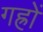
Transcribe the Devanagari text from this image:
गह्रों